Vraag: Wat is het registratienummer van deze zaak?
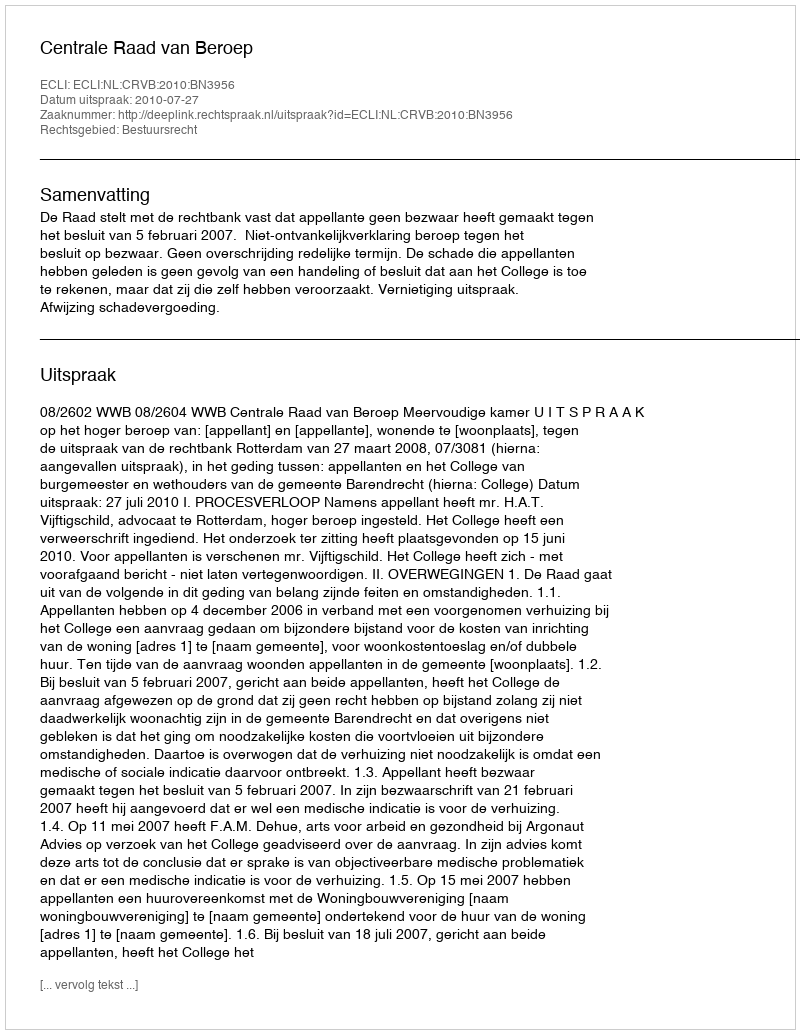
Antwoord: http://deeplink.rechtspraak.nl/uitspraak?id=ECLI:NL:CRVB:2010:BN3956